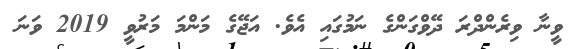
ވީނާ ވިރެންދްރަ ދޭވްގަންގެ ނަމުގައި އެވެ. އަޖޭގެ މަންމަ މަރުވީ 2019 ވަނަ